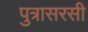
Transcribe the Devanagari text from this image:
पुत्रासरसी